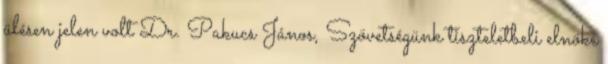
ülésen jelen volt Dr. Pakucs János, Szövetségünk tiszteletbeli elnöke